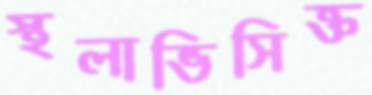
স্থলাভিসিক্ত